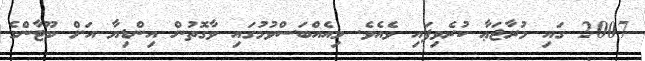
2007 ގައި މުރާޖަޢާ ކުރެވިފައި ވެއެވެ. މިއެއްބަސްވުމުގައި ވާގޮތުން އިންޑިޔާ އަށް ބޫޓާންގެ